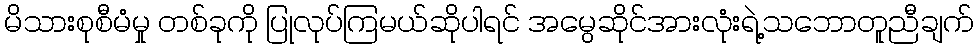
မိသားစုစီမံမှု တစ်ခုကို ပြုလုပ်ကြမယ်ဆိုပါရင် အမွေဆိုင်အားလုံးရဲ့သဘောတူညီချက်